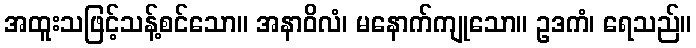
အထူးသဖြင့်သန့်စင်သော။ အနာဝိလံ၊ မနောက်ကျုသော။ ဥဒကံ၊ ရေသည်။